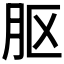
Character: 𬁵